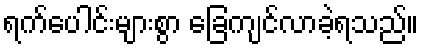
ရက်ပေါင်းများစွာ ခြေကျင်လာခဲ့ရသည်။